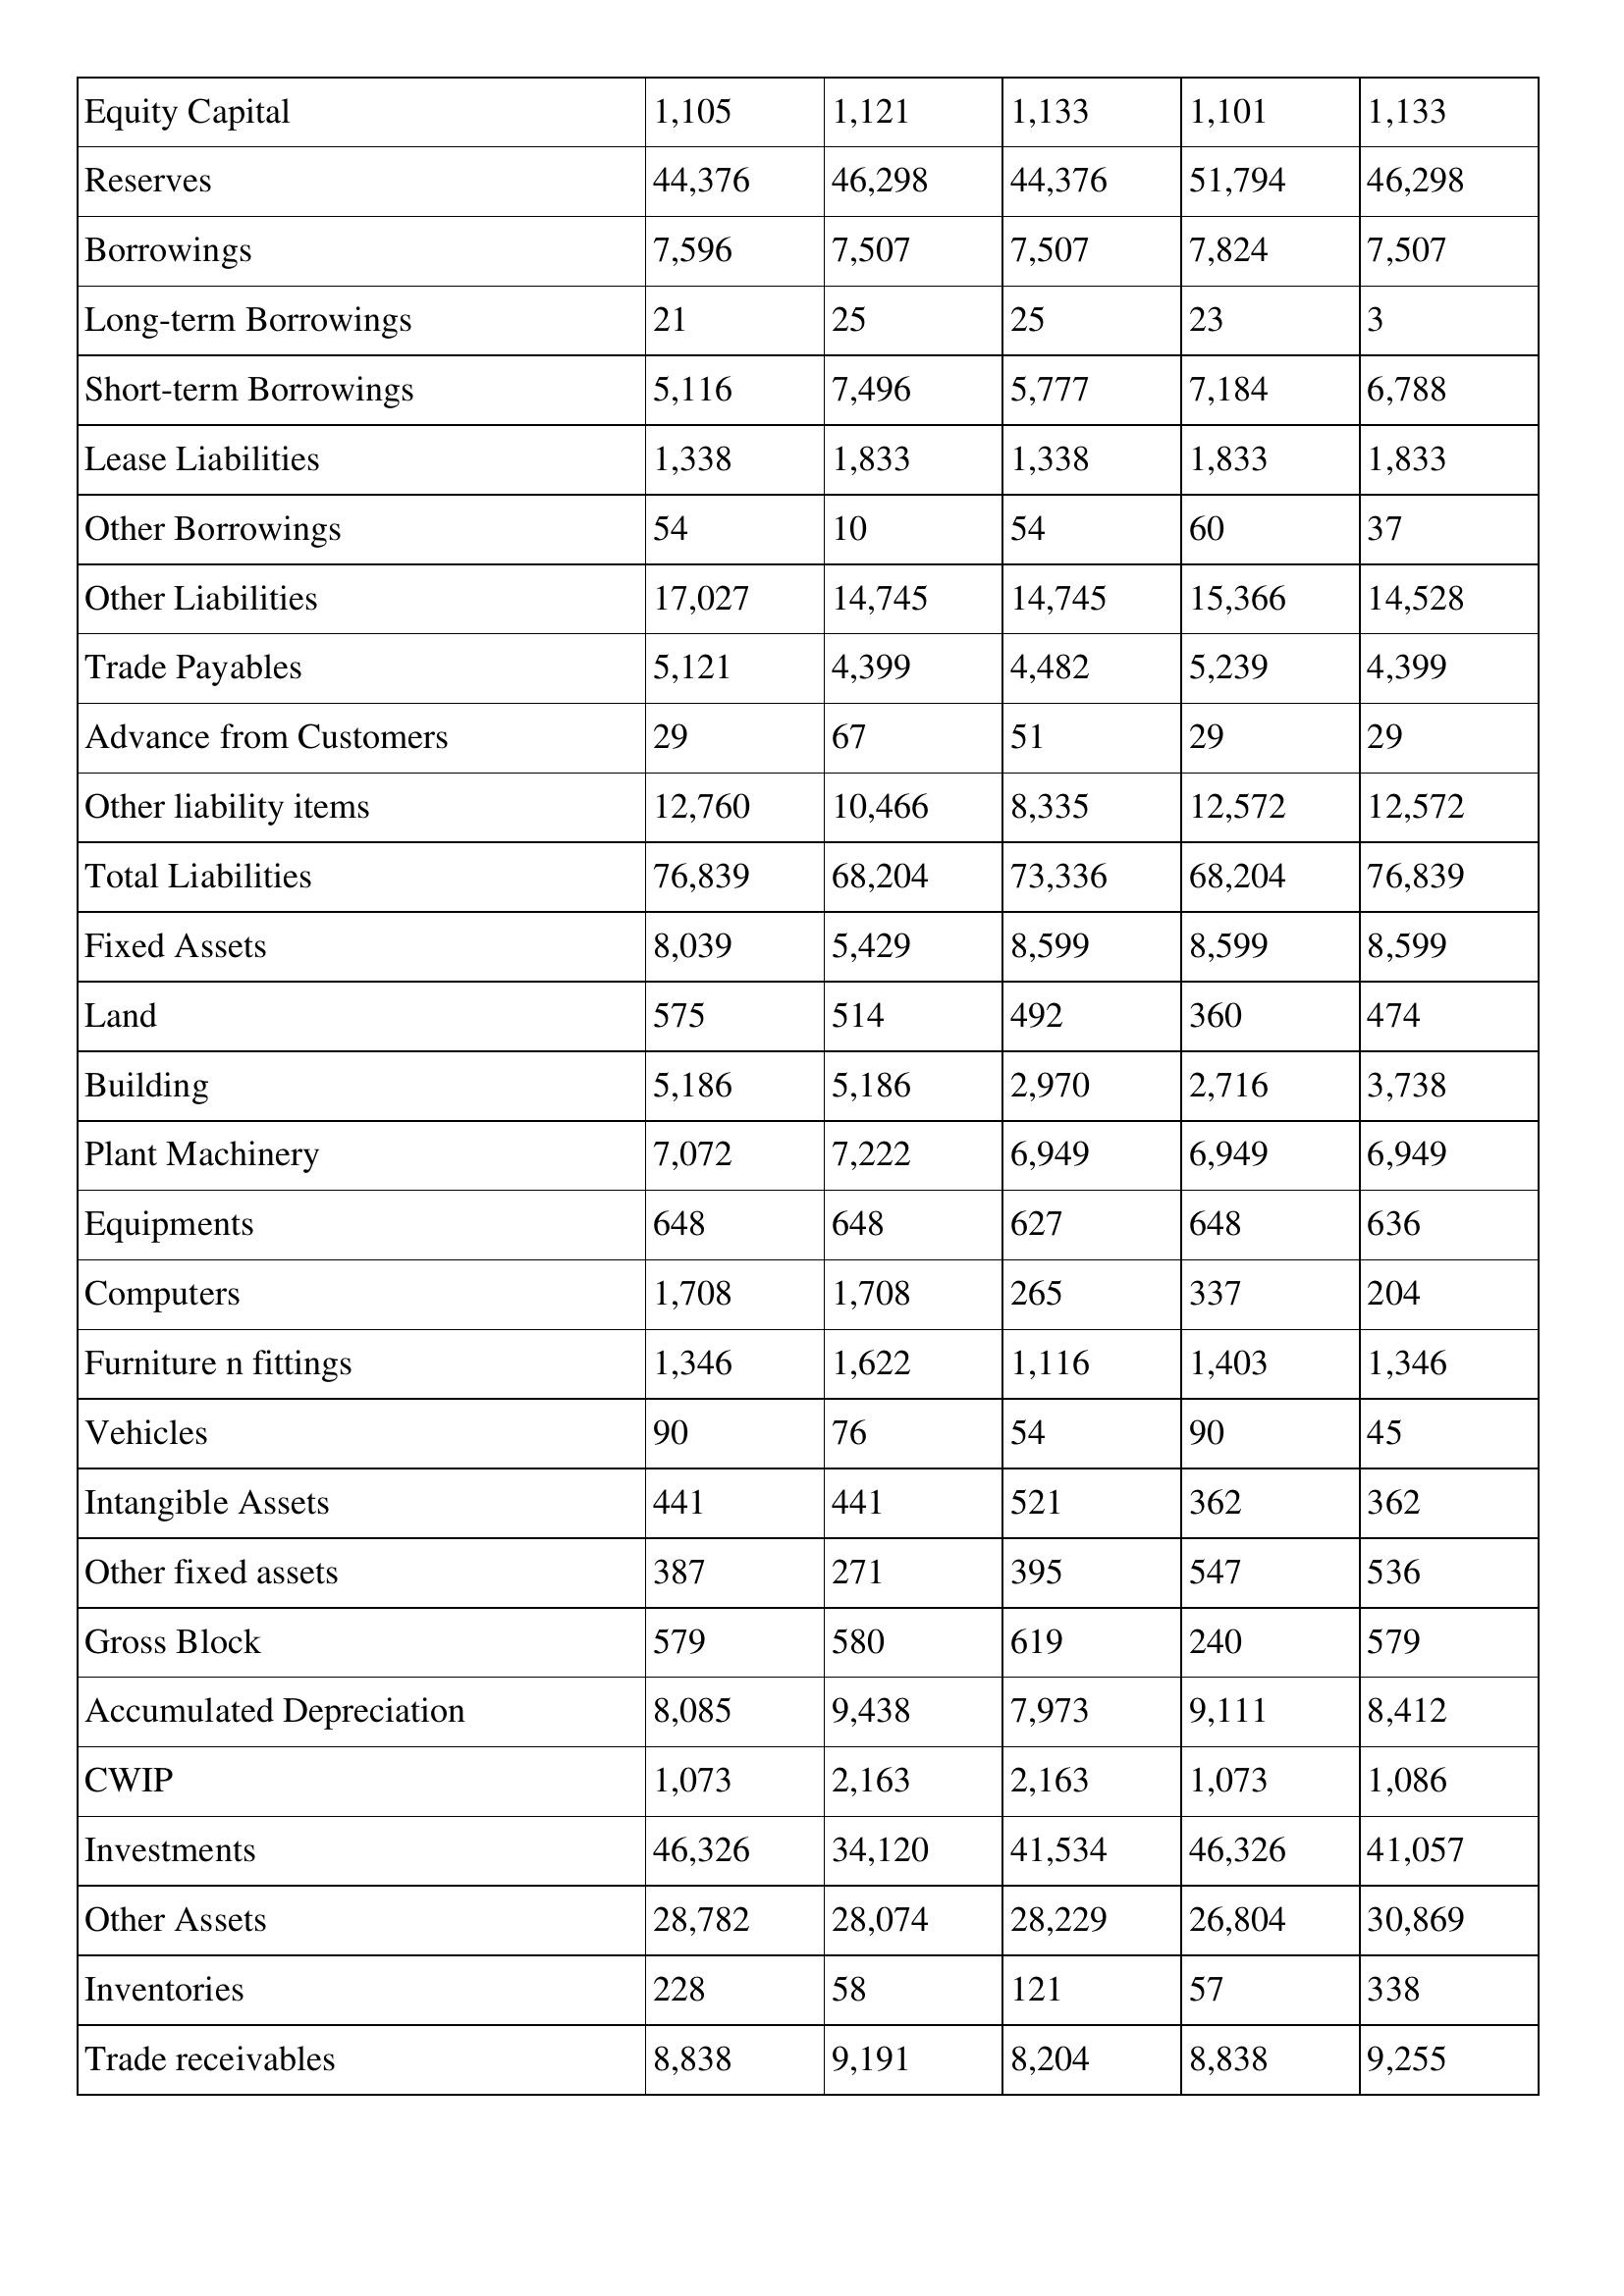
gt_parse: 2021: Balance Sheet: Equity Capital: 1,105
Reserves: 44,376
Borrowings: 7,596
Long-term Borrowings: 21
Short-term Borrowings: 5,116
Lease Liabilities: 1,338
Other Borrowings: 54
Other Liabilities: 17,027
Trade Payables: 5,121
Advance from Customers: 29
Other liability items: 12,760
Total Liabilities: 76,839
Fixed Assets: 8,039
Land: 575
Building: 5,186
Plant Machinery: 7,072
Equipments: 648
Computers: 1,708
Furniture n fittings: 1,346
Vehicles: 90
Intangible Assets: 441
Other fixed assets: 387
Gross Block: 579
Accumulated Depreciation: 8,085
CWIP: 1,073
Investments: 46,326
Other Assets: 28,782
Inventories: 228
Trade receivables: 8,838
2020: Balance Sheet: Equity Capital: 1,121
Reserves: 46,298
Borrowings: 7,507
Long-term Borrowings: 25
Short-term Borrowings: 7,496
Lease Liabilities: 1,833
Other Borrowings: 10
Other Liabilities: 14,745
Trade Payables: 4,399
Advance from Customers: 67
Other liability items: 10,466
Total Liabilities: 68,204
Fixed Assets: 5,429
Land: 514
Building: 5,186
Plant Machinery: 7,222
Equipments: 648
Computers: 1,708
Furniture n fittings: 1,622
Vehicles: 76
Intangible Assets: 441
Other fixed assets: 271
Gross Block: 580
Accumulated Depreciation: 9,438
CWIP: 2,163
Investments: 34,120
Other Assets: 28,074
Inventories: 58
Trade receivables: 9,191
2019: Balance Sheet: Equity Capital: 1,133
Reserves: 44,376
Borrowings: 7,507
Long-term Borrowings: 25
Short-term Borrowings: 5,777
Lease Liabilities: 1,338
Other Borrowings: 54
Other Liabilities: 14,745
Trade Payables: 4,482
Advance from Customers: 51
Other liability items: 8,335
Total Liabilities: 73,336
Fixed Assets: 8,599
Land: 492
Building: 2,970
Plant Machinery: 6,949
Equipments: 627
Computers: 265
Furniture n fittings: 1,116
Vehicles: 54
Intangible Assets: 521
Other fixed assets: 395
Gross Block: 619
Accumulated Depreciation: 7,973
CWIP: 2,163
Investments: 41,534
Other Assets: 28,229
Inventories: 121
Trade receivables: 8,204
2018: Balance Sheet: Equity Capital: 1,101
Reserves: 51,794
Borrowings: 7,824
Long-term Borrowings: 23
Short-term Borrowings: 7,184
Lease Liabilities: 1,833
Other Borrowings: 60
Other Liabilities: 15,366
Trade Payables: 5,239
Advance from Customers: 29
Other liability items: 12,572
Total Liabilities: 68,204
Fixed Assets: 8,599
Land: 360
Building: 2,716
Plant Machinery: 6,949
Equipments: 648
Computers: 337
Furniture n fittings: 1,403
Vehicles: 90
Intangible Assets: 362
Other fixed assets: 547
Gross Block: 240
Accumulated Depreciation: 9,111
CWIP: 1,073
Investments: 46,326
Other Assets: 26,804
Inventories: 57
Trade receivables: 8,838
2017: Balance Sheet: Equity Capital: 1,133
Reserves: 46,298
Borrowings: 7,507
Long-term Borrowings: 3
Short-term Borrowings: 6,788
Lease Liabilities: 1,833
Other Borrowings: 37
Other Liabilities: 14,528
Trade Payables: 4,399
Advance from Customers: 29
Other liability items: 12,572
Total Liabilities: 76,839
Fixed Assets: 8,599
Land: 474
Building: 3,738
Plant Machinery: 6,949
Equipments: 636
Computers: 204
Furniture n fittings: 1,346
Vehicles: 45
Intangible Assets: 362
Other fixed assets: 536
Gross Block: 579
Accumulated Depreciation: 8,412
CWIP: 1,086
Investments: 41,057
Other Assets: 30,869
Inventories: 338
Trade receivables: 9,255